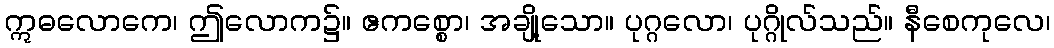
ဣဓလောကေ၊ ဤလောက၌။ ဧကစ္စော၊ အချို့သော။ ပုဂ္ဂလော၊ ပုဂ္ဂိုလ်သည်။ နီစေကုလေ၊